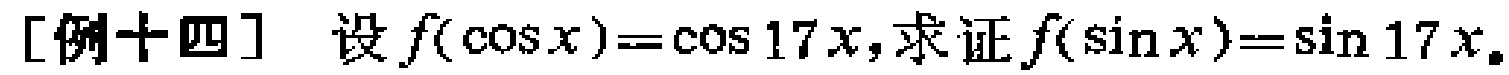
[例十四] 设\(f(\cos x)=\cos 17x\)，求证\(f(\sin x)=\sin 17x\)。